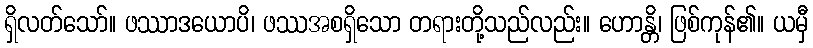
ရှိလတ်သော်။ ဖဿာဒယောပိ၊ ဖဿအစရှိသော တရားတို့သည်လည်း။ ဟောန္တိ၊ ဖြစ်ကုန်၏။ ယမှီ